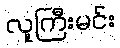
လူကြီးမင်း